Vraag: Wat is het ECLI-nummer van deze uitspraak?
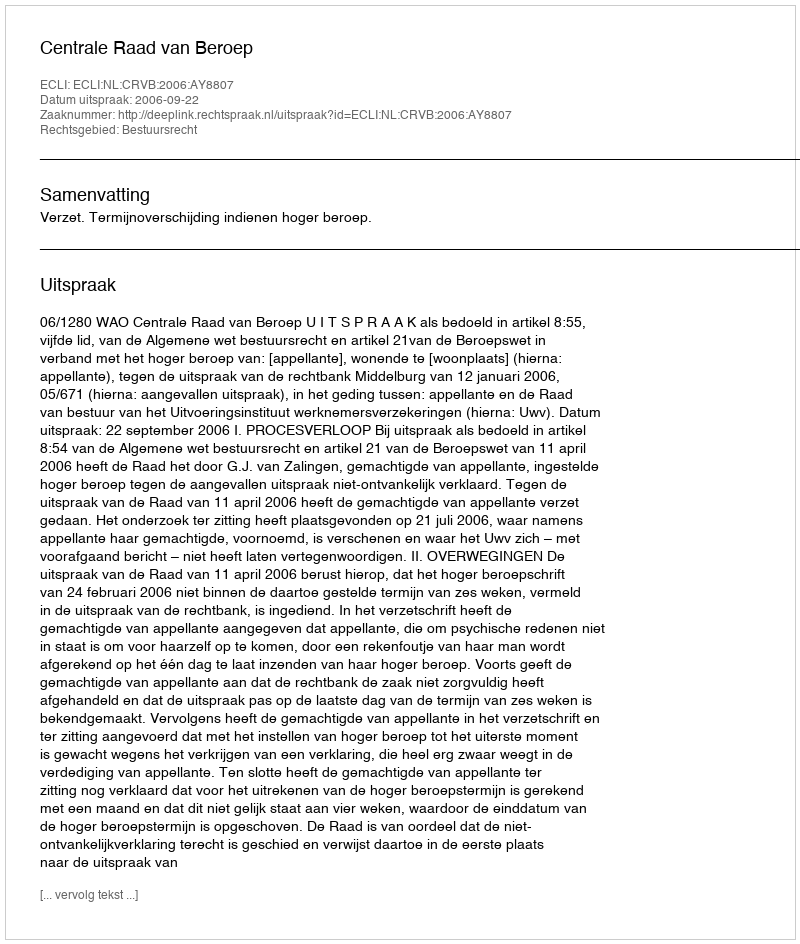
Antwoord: ECLI:NL:CRVB:2006:AY8807